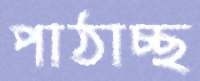
পাঠাচ্ছ